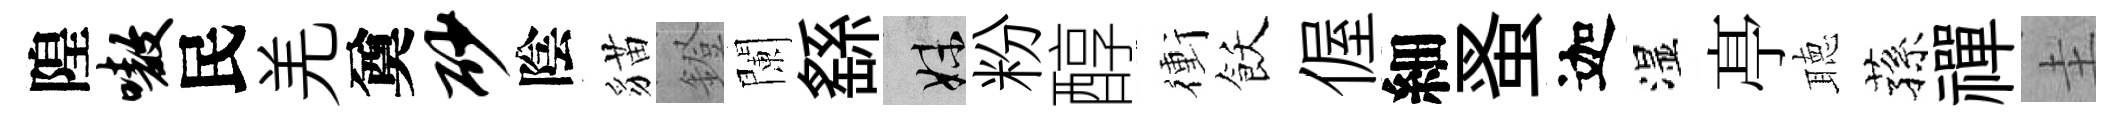
隍嗷民羌奠砂陰貓鐙闌繇妹粉醇衝飫偓細蚤迦湿𠅘聴蓀禪圭